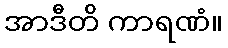
အာဒီတိ ကာရဏံ။